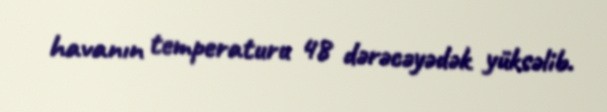
havanın temperaturu 48 dərəcəyədək yüksəlib.